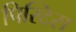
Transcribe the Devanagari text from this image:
पिस्टिस